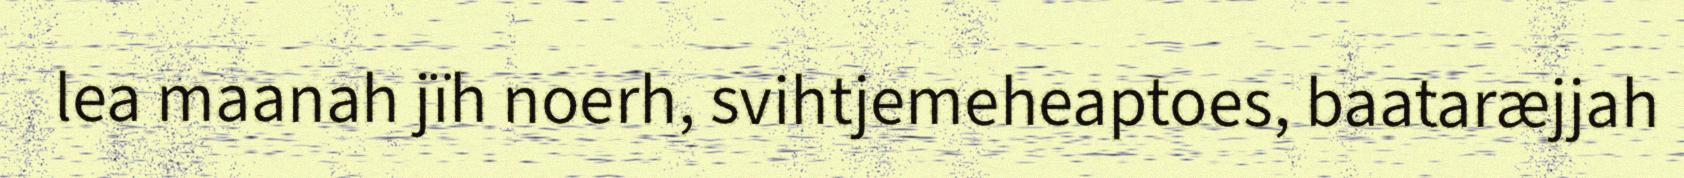
lea maanah jïh noerh, svihtjemeheaptoes, baataræjjah